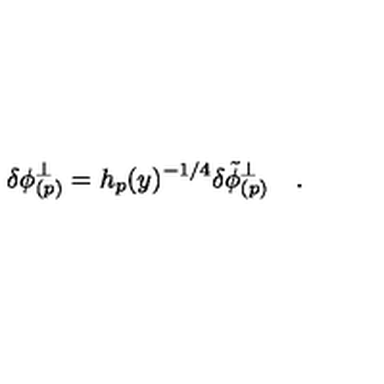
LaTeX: \delta \phi _ { ( p ) } ^ { \perp } = h _ { p } ( y ) ^ { - 1 / 4 } \delta { \tilde { \phi } } _ { ( p ) } ^ { \perp } \quad .